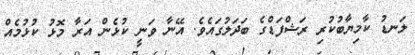
ލަނޑު ކާމިޔާބުކުރި ރަޝްފަޑްގެ ބަދަލުގައެވެ. އޭނާ ވަނީ ކުޅެން އަރާ މޮޅު ކުޅުމެއް